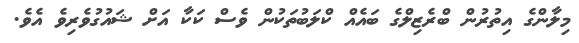
މިލާންގެ އިތުރުން ބްރެޒިލްގެ ބައެއް ކްލަބުތަކުން ވެސް ކަކާ އަށް ޝައުގުވެރިވެ އެވެ.